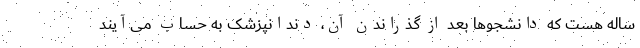
ساله هست که دانشجوها بعد از گذراندن آن، دندانپزشک به حساب می‌آیند